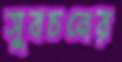
সুবচনের